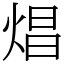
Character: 焻